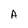
Character: A